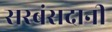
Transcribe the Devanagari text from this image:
सरबंसदानी